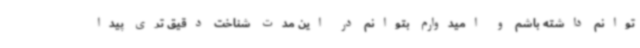
توانم داشته باشم و امیدوارم بتوانم در این مدت شناخت دقیق تری پیدا